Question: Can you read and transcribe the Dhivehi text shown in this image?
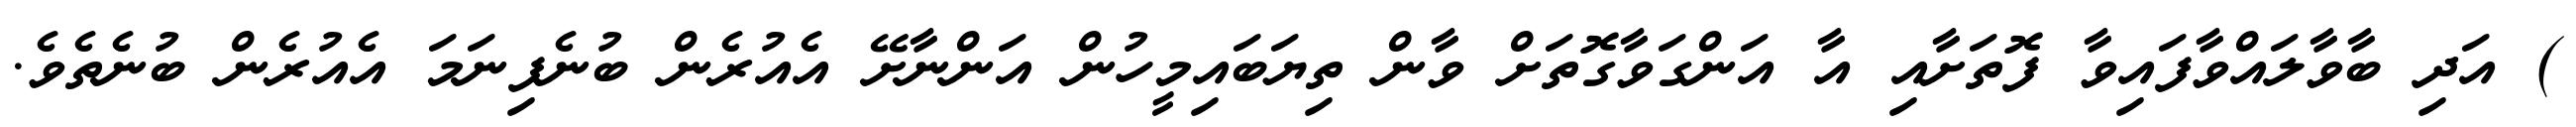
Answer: ) އަދި ބާވާލައްވާފައިވާ ފޮތަށާއި އާ އަންގަވާގޮތަށް ވާން ތިޔަބައިމީހުން އަންނާށޭ އެއުރެން ބުނެފިނަމަ އެއުރެން ބުނެތެވެ.